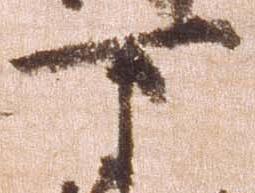
下